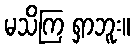
မသိကြ ရှာဘူး။